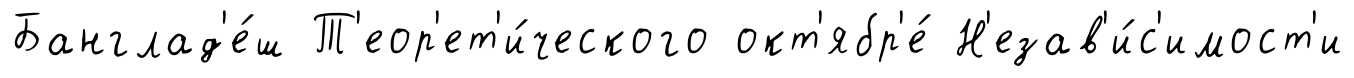
Банглад'е́ш Т'еор'ет'и́ческого окт'ябр'е́ Н'езав'и́с'имост'и